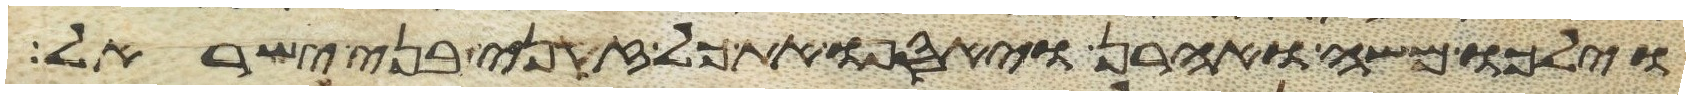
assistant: וילכו משה ואהרן ויאספו את כל זקני בני ישראל